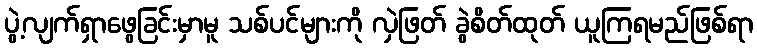
ပွဲ့လျက်ရှာဖွေခြင်းမှာမူ သစ်ပင်များကို လှဲဖြတ် ခွဲစိတ်ထုတ် ယူကြရမည်ဖြစ်ရာ